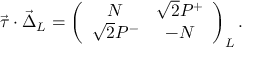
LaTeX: \vec { \tau } \cdot \vec { \Delta } _ { L } = \left( \begin{array} { c c } { { N } } & { { \sqrt { 2 } P ^ { + } } } \\ { { \sqrt { 2 } P ^ { - } } } & { { - N } } \end{array} \right) _ { L } .